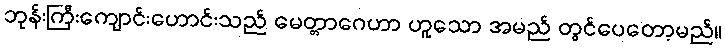
ဘုန်းကြီးကျောင်းဟောင်းသည် မေတ္တာဂေဟာ ဟူသော အမည် တွင်ပေတော့မည်။